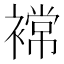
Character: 𮖫